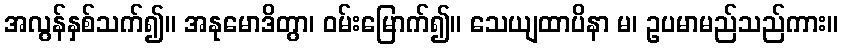
အလွန်နှစ်သက်၍။ အနုမောဒိတွာ၊ ဝမ်းမြောက်၍။ သေယျထာပိနာ မ၊ ဥပမာမည်သည်ကား။